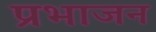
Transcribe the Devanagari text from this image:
प्रभाजन